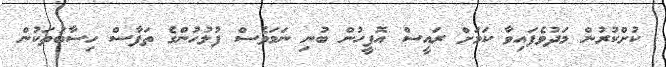
ކުށްކުރުން މަދުވެފައިވާ ކަމަށް ރައީސް އޮފީހުން ބުނި ނަމަވެސް ފުލުހުންގެ ތަފާސް ހިސާބުތަކުން